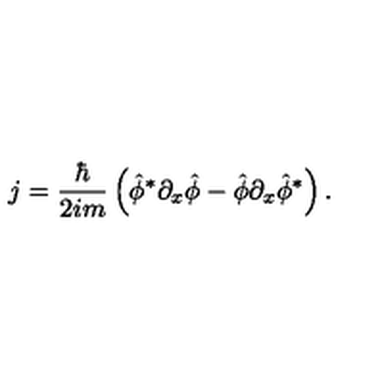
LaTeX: j = { \frac { \hbar } { 2 i m } } \left( \hat { \phi } ^ { * } \partial _ { x } \hat { \phi } - \hat { \phi } \partial _ { x } \hat { \phi } ^ { * } \right) . \nonumber